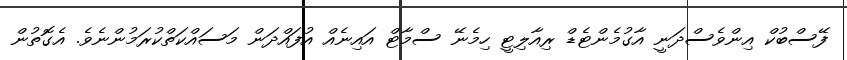
ފޭސްބުކް އިންވެސްދަނީ އާގުމެންޓެޑް ރިއާލިޓީ ހިމެނޭ ސްމާޓް އައިނެއް އުފައްދަން މަސައްކަތްކުރަމުންނެވެ. އެގޮތުން